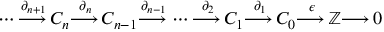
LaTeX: \dotsb { \overset { \partial _ { n + 1 } } { \longrightarrow \, } } C _ { n } { \overset { \partial _ { n } } { \longrightarrow \, } } C _ { n - 1 } { \overset { \partial _ { n - 1 } } { \longrightarrow \, } } \dotsb { \overset { \partial _ { 2 } } { \longrightarrow \, } } C _ { 1 } { \overset { \partial _ { 1 } } { \longrightarrow \, } } C _ { 0 } { \overset { \epsilon } { \longrightarrow \, } } \mathbb { Z } { \longrightarrow \, } 0